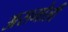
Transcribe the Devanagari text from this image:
असमोली